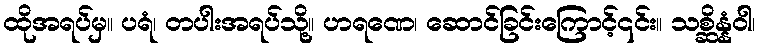
ထိုအရပ်မှ။ ပရံ၊ တပါးအရပ်သို့။ ဟရဏေ၊ ဆောင်ခြင်းကြောင့်၎င်း။ သစ္ဆိန္နံဝါ၊